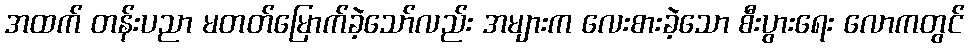
အထက် တန်းပညာ မတတ်မြောက်ခဲ့သော်လည်း အများက လေးစားခဲ့သော စီးပွားရေး လောကတွင်